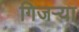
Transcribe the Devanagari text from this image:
गिजऱ्या